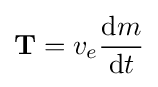
\mathbf {T} =v_{e}{\frac {\mathrm {d} m}{\mathrm {d} t}}